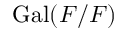
\operatorname { G a l } ( F / F )